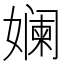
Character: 𫝮